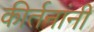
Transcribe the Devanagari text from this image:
कीर्तनांनी